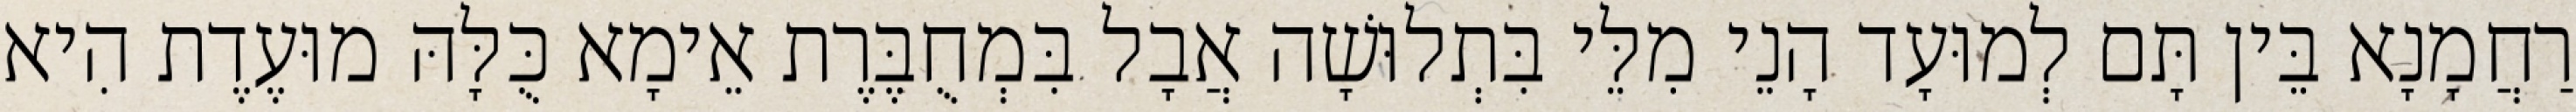
רַחֲמָנָא בֵּין תָּם לְמוּעָד הָנֵי מִלֵּי בִּתְלוּשָׁה אֲבָל בִּמְחֻבֶּרֶת אֵימָא כֻּלָּהּ מוּעֶדֶת הִיא